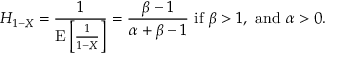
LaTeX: H _ { 1 - X } = { \frac { 1 } { \operatorname { E } \left[ { \frac { 1 } { 1 - X } } \right] } } = { \frac { \beta - 1 } { \alpha + \beta - 1 } } { \mathrm { ~ i f ~ } } \beta > 1 , { \mathrm { ~ a n d ~ } } \alpha > 0 .